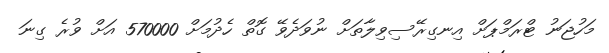
މަހުޖަނު ޓްރަމްޕަށް އިނގިރޭސިވިލާތަށް ނުވަދެވޭ ގޮތް ހެދުމަށް 570000 އަށް ވުރެ ގިނަ